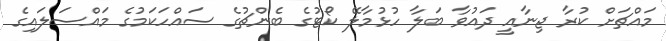
މައްޗަށް ކުރާ ޖިނާއީ ދައުވާ ބަލާ ހުޅުމާލޭ ކޯޓުގެ ބެންޗުގެ ސައްހަކަމުގެ މައްސަލައިގެ